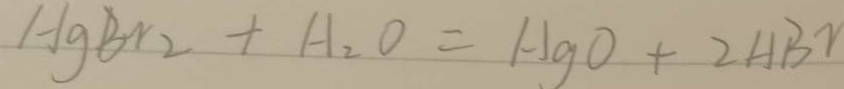
H g B r _ { 2 } + H _ { 2 } O = H g O + 2 H B r